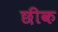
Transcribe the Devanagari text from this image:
छीक